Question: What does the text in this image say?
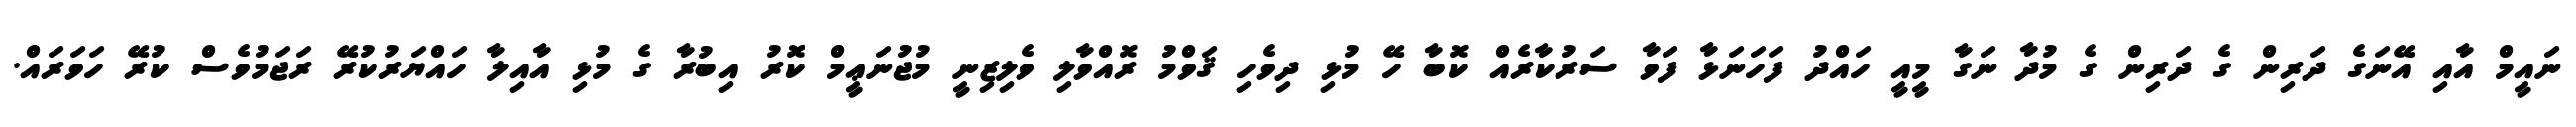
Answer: ނައީމް އާއި އޭނަގެ ދަރިން ގެ ދަރިން ގެ މުދާ ނަގާ މީއީ ހައްދު ފަހަނަޅާ ފަވާ ސަރުކާރެއް ކޮބާ ހޭ މުޅި ދިވެހި ޤަވްމު ރޮއްވާލި ވެލިޒިނީ މުޖުނަޢީމް ކޮރު އިބުރާ ގެ މުޅި އާއިލާ ހައްޔަރުކުރޭ ރަޖަމުވެސް ކުރޭ ހަވަރައް.